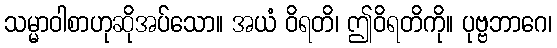
သမ္မာဝါစာဟုဆိုအပ်သော။ အယံ ဝိရတိ၊ ဤဝိရတိကို။ ပုဗ္ဗဘာဂေ၊